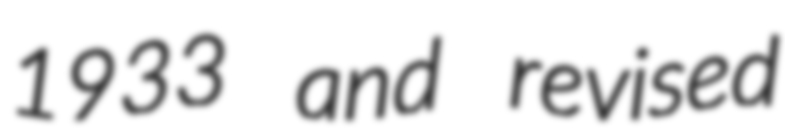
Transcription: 1933 and revised